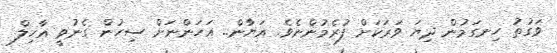
ވަގުތު ހިނގަމުން ދިޔަ ވަރަކަށް ފުރެމުންނެވެ. އަޔާން.. އަހަންނަށް ސިހުން ގެނުވީ އާހިލް